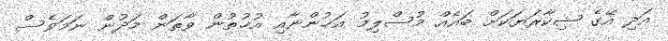
އަދި އޭގެ ޝިކާރަޔަކަށް ބައެއް މުސްލިމު އަޚުންނާއި އުޚުތުން ވާތަން މަދުން ނަމަވެސް